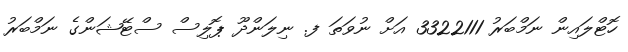
ހޮޓްލައިން ނަމްބަރު 3322111 އަށް ނުވަތަ ފ. ނިލަންދޫ ޕޮލިސް ސްޓޭޝަންގެ ނަމްބަރު